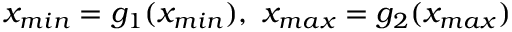
x _ { m i n } = g _ { 1 } ( x _ { m i n } ) , \ x _ { m a x } = g _ { 2 } ( x _ { m a x } )